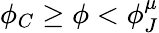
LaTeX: \phi_{C}\ge\phi<\phi_{J}^{\mu}